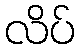
လိပ်